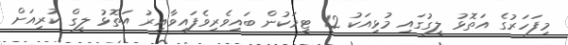
މިފަހަރުގެ އަތޮޅު ލީގުގައި މުޅިއަކު 12 ޓީމަކުން ބައިވެރިވެފައިވާއިރު އަތޮޅު ލީގް ކުރިއަށް